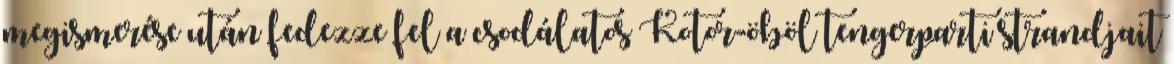
megismerése után fedezze fel a csodálatos Kotor-öböl tengerparti strandjait